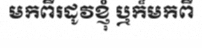
មកពីរដូវខ្ញុំ ឬក៏មកពី